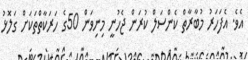
އެވެ. އެފަހަރު މުބާރާތް ކެންސަލް ކުރަން ޖެހުނީ މިނިވަން 50ގެ ހަރަކާތްތަކަށް ގަލޮޅު